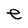
Character: e